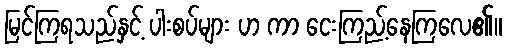
မြင်ကြရသည်နှင့် ပါးစပ်များ ဟ ကာ ငေးကြည့်နေကြလေ၏။